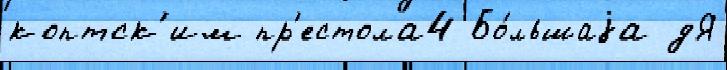
коптск'им пр'естола4 Бо́льшаjа дЯ